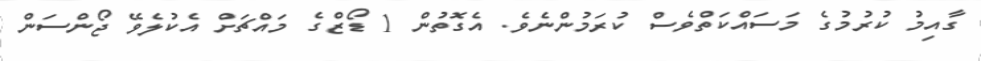
ގާއިމު ކުރުމުގެ މަސައްކަތްވެސް ކުރަމުންނެވެ. އެގޮތުން 1 ޑޯޒްގެ މައްޗަށް އެކުލެވޭ ޖޯންސަން